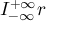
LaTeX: I _ { - \infty } ^ { + \infty } r